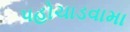
પહોચાડવામા